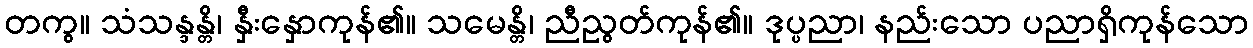
တကွ။ သံသန္ဒန္တိ၊ နှီးနှောကုန်၏။ သမေန္တိ၊ ညီညွတ်ကုန်၏။ ဒုပ္ပညာ၊ နည်းသော ပညာရှိကုန်သော